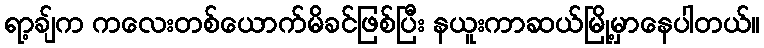
ရာ့ချ်က ကလေးတစ်ယောက်မိခင်ဖြစ်ပြီး နယူးကာဆယ်မြို့မှာနေပါတယ်။